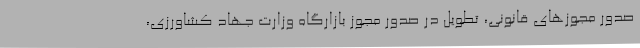
صدور مجوزهای قانونی، تطویل در صدور مجوز بازارگاه وزارت جهاد کشاورزی،